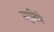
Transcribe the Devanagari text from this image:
स्मृतिमे